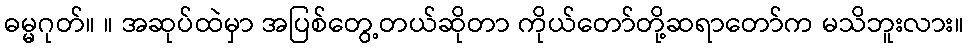
ဓမ္မဂုတ်။ ။ အဆုပ်ထဲမှာ အပြစ်တွေ့တယ်ဆိုတာ ကိုယ်တော်တို့ဆရာတော်က မသိဘူးလား။